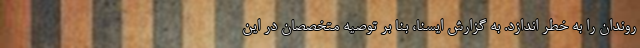
روندان را به خطر اندازد. به گزارش ایسنا، بنا بر توصیه متخصصان در این